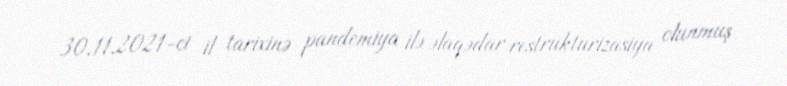
30.11.2021-ci il tarixinə pandemiya ilə əlaqədar restrukturizasiya olunmuş